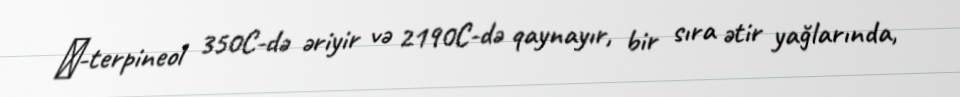
α-terpineol 350C-də əriyir və 2190C-də qaynayır, bir sıra ətir yağlarında,